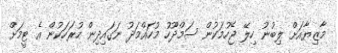
މާޒިޔާއަށް ލިބުނު ހިލޭ ޖެހުމަކުން ސަމްދޫހު މުހައްމަދު ނަގައިދިން ހުރަހަކުން އެ ޓީމަށް